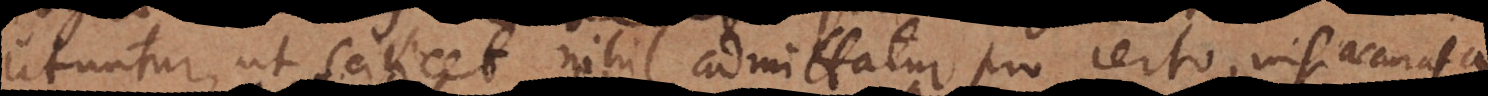
utuntur, ut scilicet nihil admittatur pro certo, nisi